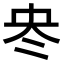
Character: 𠖼